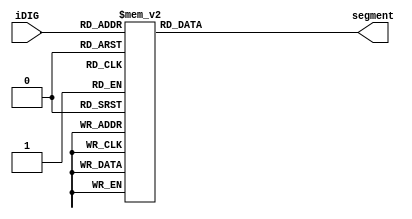
module SEG7_LUT	(
    segment,
    iDIG
);

    input	[3:0]	iDIG;
    output	[6:0]	segment;
    reg		[6:0]	segment;

    always @(iDIG)
    begin
    	case(iDIG)
    	4'h1: segment = 7'b1111001;	// ---t----
    	4'h2: segment = 7'b0100100; 	// |	  |
    	4'h3: segment = 7'b0110000; 	// lt	 rt
    	4'h4: segment = 7'b0011001; 	// |	  |
    	4'h5: segment = 7'b0010010; 	// ---m----
    	4'h6: segment = 7'b0000010; 	// |	  |
    	4'h7: segment = 7'b1111000; 	// lb	 rb
    	4'h8: segment = 7'b0000000; 	// |	  |
    	4'h9: segment = 7'b0011000; 	// ---b----
    	4'ha: segment = 7'b0001000;
    	4'hb: segment = 7'b0000011;
    	4'hc: segment = 7'b1000110;
    	4'hd: segment = 7'b0100001;
    	4'he: segment = 7'b0000110;
    	4'hf: segment = 7'b0001110;
    	4'h0: segment = 7'b1000000;
    	endcase
    end

endmodule

module segment7 (
    segment0,
    segment1,
    segment2,
    segment3,
    segment4,
    segment5,
    digits
);
    input	[23:0]	digits;
    output	[6:0]	segment0, segment1, segment2, segment3, segment4, segment5;

    SEG7_LUT	u0	(	segment0, digits[3:0]		);
    SEG7_LUT	u1	(	segment1, digits[7:4]		);
    SEG7_LUT	u2	(	segment2, digits[11:8]	);
    SEG7_LUT	u3	(	segment3, digits[15:12]	);
    SEG7_LUT	u4	(	segment4, digits[19:16]	);
    SEG7_LUT	u5	(	segment5, digits[23:20]	);


endmodule